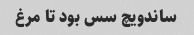
ساندویچ سس بود تا مرغ